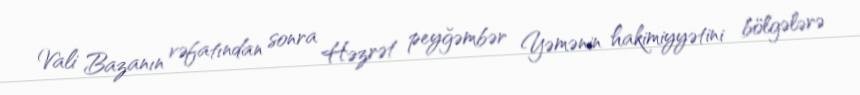
Vali Bazanın vəfatından sonra Həzrət peyğəmbər Yəmənin hakimiyyətini bölgələrə